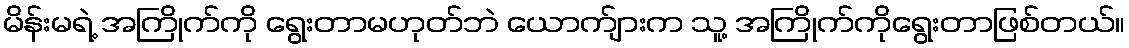
မိန်းမရဲ့ အကြိုက်ကို ရွေးတာမဟုတ်ဘဲ ယောက်ျားက သူ့ အကြိုက်ကိုရွေးတာဖြစ်တယ်။